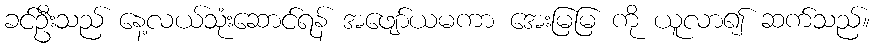
ခင်ဦးသည် နေ့လယ်သုံးဆောင်ရန် အဖျော်ယမကာ အေးမြမြ ကို ယူလာ၍ ဆက်သည်။